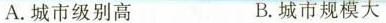
A.城市级别高 B.城市规模大